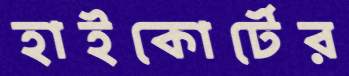
হাইকোর্টের